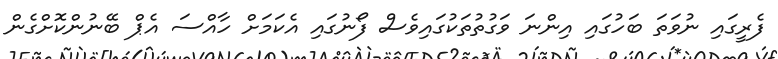
ފެރީގައި ނުވަތަ ބަހުގައި އިންނަ ވަގުތުތަކުގައިވެސް ފޯނުގައި އެކަމަށް ހާއްސަ އެޕް ބޭނުންކޮށްގެން